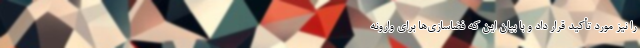
را نیز مورد تأکید قرار داد و با بیان این که فضاسازی‌ها برای وارونه